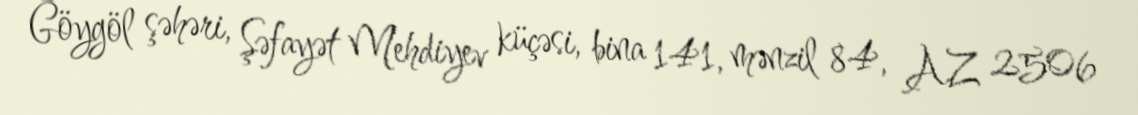
Göygöl şəhəri, Şəfayət Mehdiyev küçəsi, bina 141, mənzil 84, AZ 2506